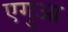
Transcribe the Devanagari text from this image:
एगुआ